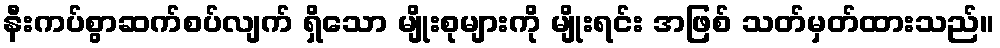
နီးကပ်စွာဆက်စပ်လျက် ရှိသော မျိုးစုများကို မျိုးရင်း အဖြစ် သတ်မှတ်ထားသည်။